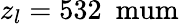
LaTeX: z_{l}=532\ \mathrm{\ mum}